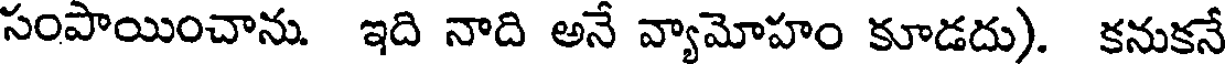
సంపాయించాను. ఇది నాది అనే వ్యామోహం కూడదు). కనుకనే